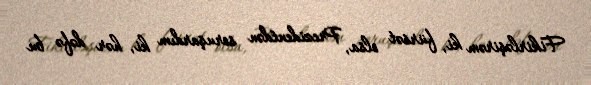
Fikirləşirəm ki, fürsət olsa, Prezidentdən soruşardım ki, hər dəfə bu